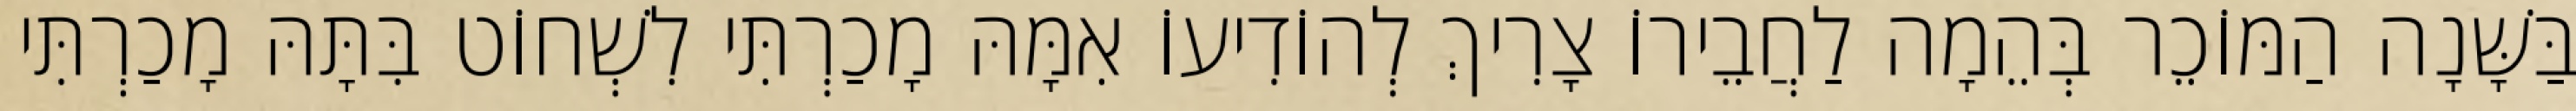
בַּשָּׁנָה הַמּוֹכֵר בְּהֵמָה לַחֲבֵירוֹ צָרִיךְ לְהוֹדִיעוֹ אִמָּהּ מָכַרְתִּי לִשְׁחוֹט בִּתָּהּ מָכַרְתִּי